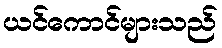
ယင်ကောင်များသည်